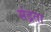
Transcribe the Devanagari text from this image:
संद्रता